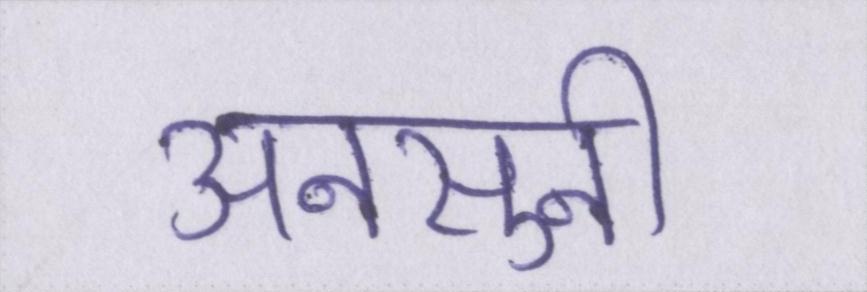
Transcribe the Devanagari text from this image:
अनसुनी